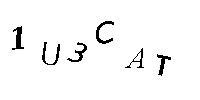
1U3CAT